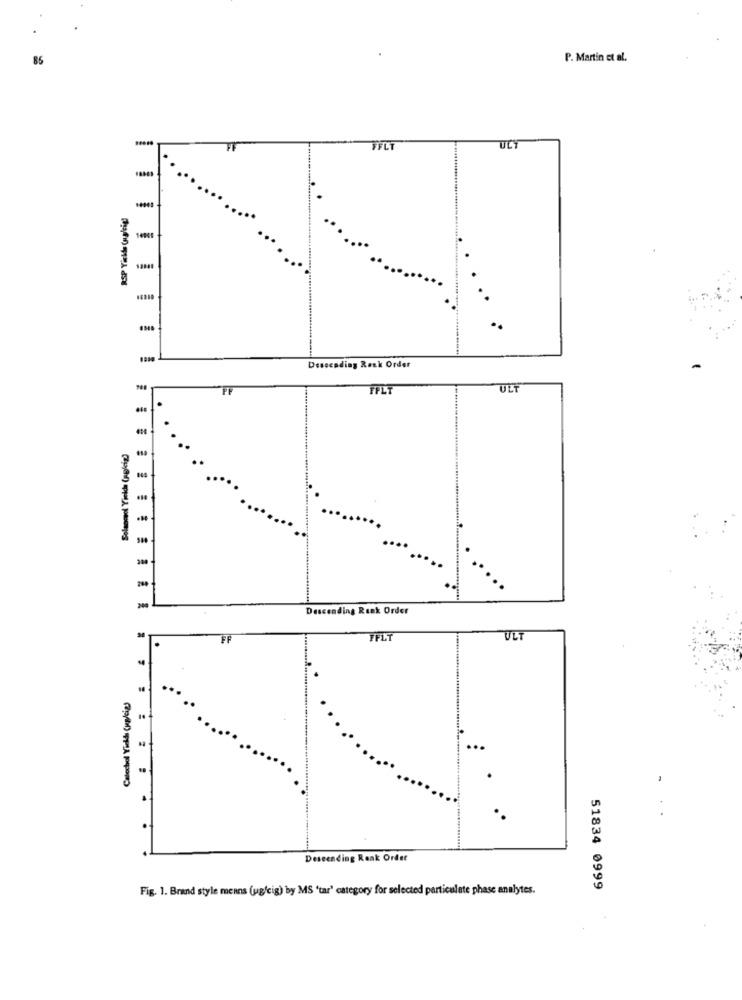
P. Martin et al.
FFLT
ULY
RSP Yilda (aglig)
-
Descending Renk Order
FF
FPLT
ULT
Descending Rank Order
FF
FFLT
ULT
Catechol Yields (yglig)
...
Descending Reak Order
Fig. 1. Brand style means (ug/cig) by MS 'tar' category for selected particulate phase analytes.
51834 0999